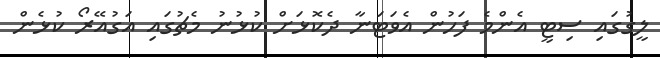
ލީގުގައި ސިޓީ އެންމެ ފަހުން އެވަޓަނާ ދެކޮޅަށް ކުޅުނު މެޗުގައި އަގުއޭރޯ ކުޅެން